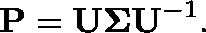
\mathbf { P } = \mathbf { U \Sigma U } ^ { - 1 } .